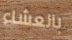
بالعشاء